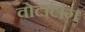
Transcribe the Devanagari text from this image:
वोटाटांग